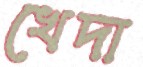
খেদা